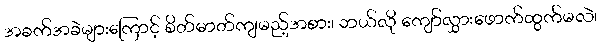
အခက်အခဲများကြောင့် စိတ်ဓာတ်ကျမည့်အစား၊ ဘယ်လို ကျော်လွှားဖောက်ထွက်မလဲ၊